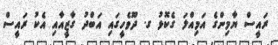
ރައީސް ޔާމިންގެ އަމިއްލަ ގެކޮޅު ގ. ދޫވެހީގައި އަބްދު ގާޒީއާއި އެކު ރައީސް